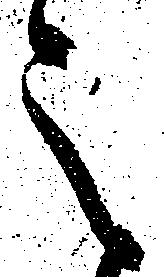
之